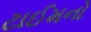
ટાઈમનો